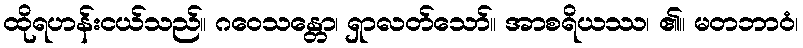
ထိုရဟန်းငယ်သည်။ ဂဝေသန္တော၊ ရှာလတ်သော်။ အာစရိယဿ၊ ၏။ မတဘာဝံ၊